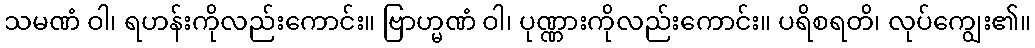
သမဏံ ဝါ၊ ရဟန်းကိုလည်းကောင်း။ ဗြာဟ္မဏံ ဝါ၊ ပုဏ္ဏားကိုလည်းကောင်း။ ပရိစရတိ၊ လုပ်ကျွေး၏။